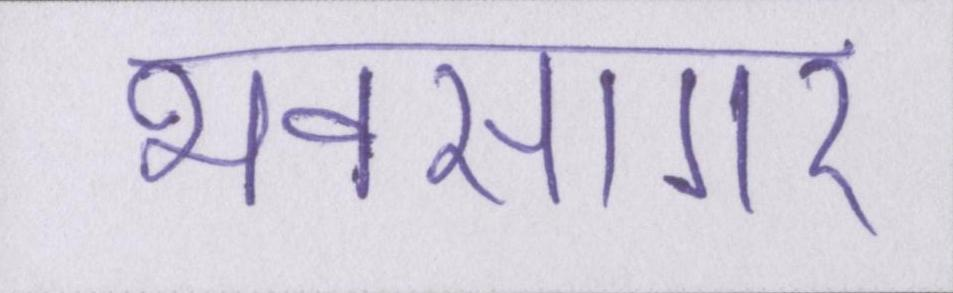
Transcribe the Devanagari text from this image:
भवसागर